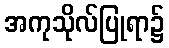
အကုသိုလ်ပြုရာ၌